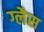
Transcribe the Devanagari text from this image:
ग्लैस